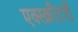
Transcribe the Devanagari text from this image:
एक्स्क्रीटरी